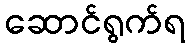
ဆောင်ရွက်ရ